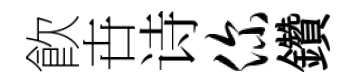
飮卋诗你鑽